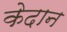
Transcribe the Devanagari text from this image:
केदान